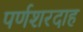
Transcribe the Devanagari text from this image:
पर्णशरदाह